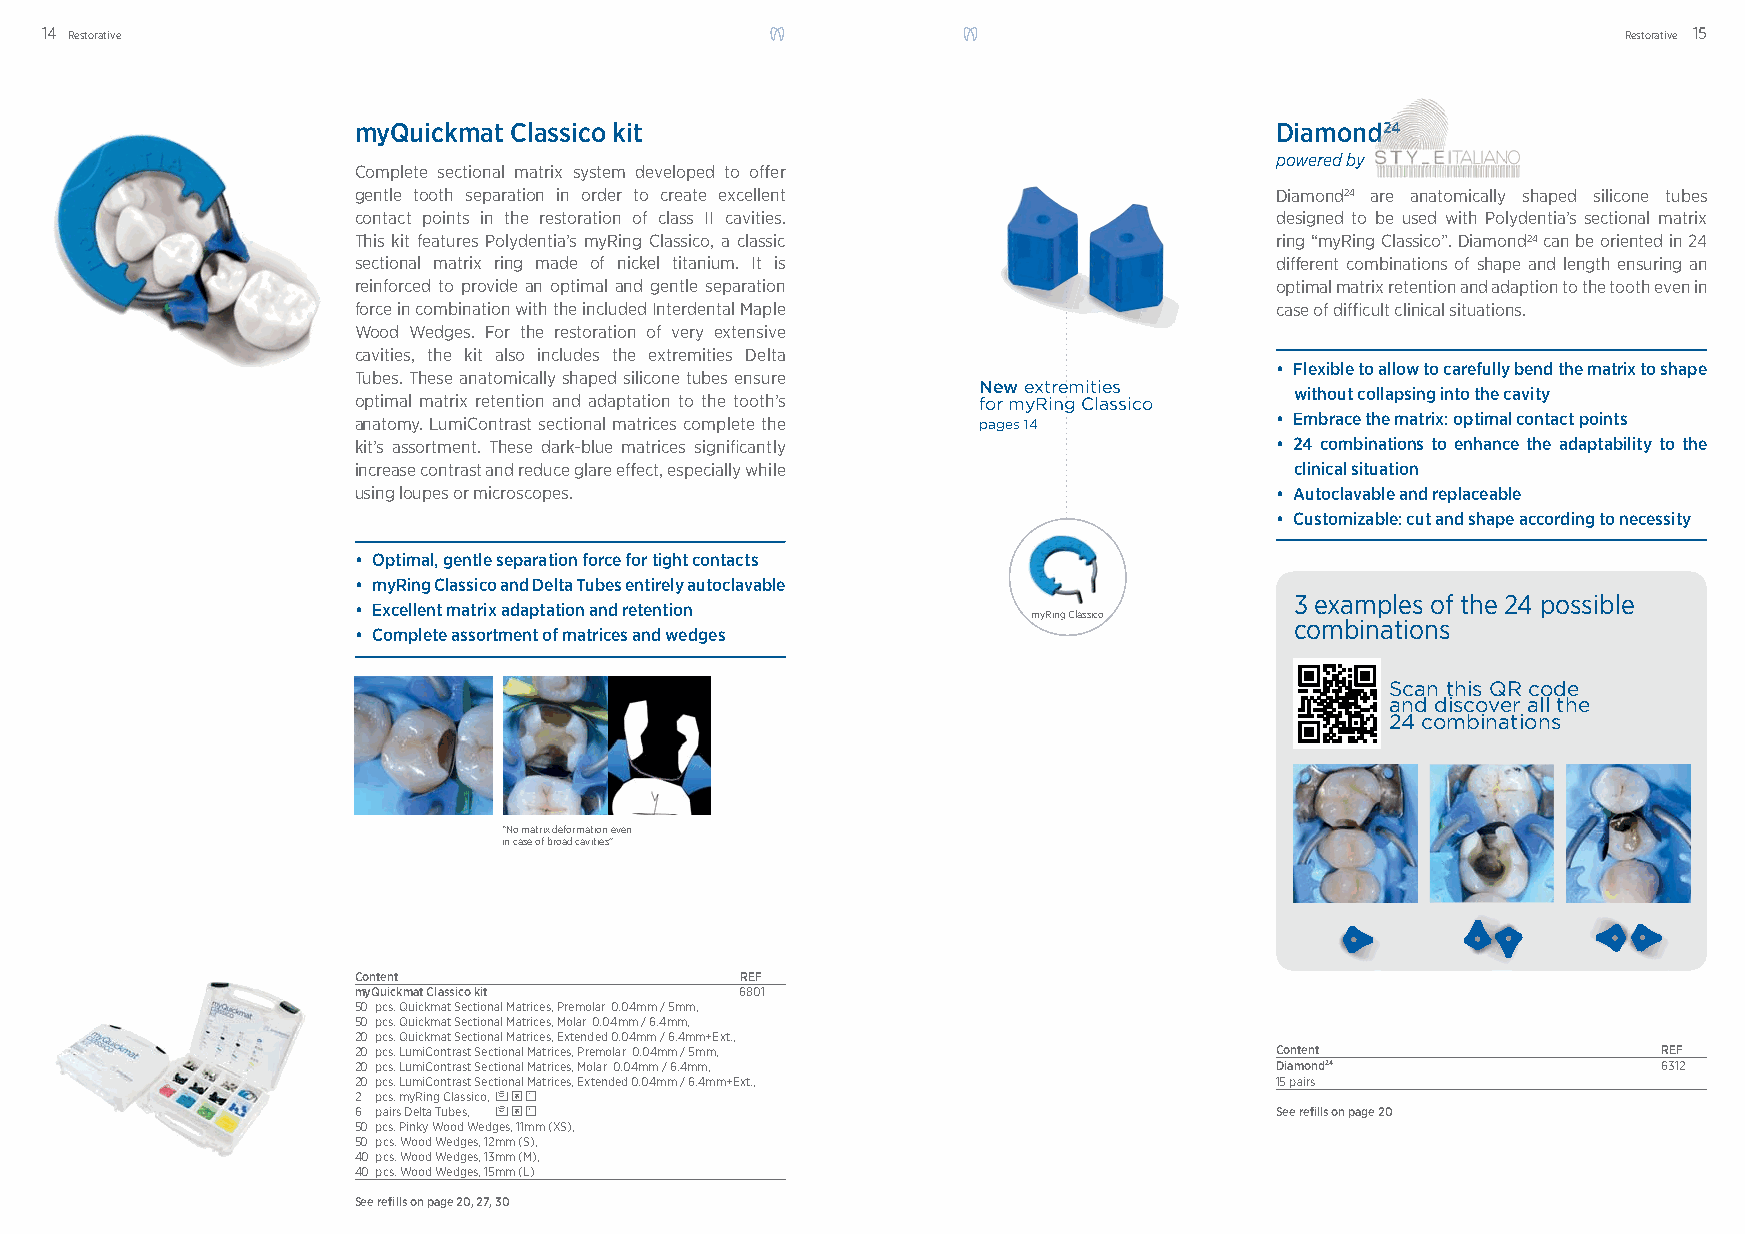
14 Restorative                                                                                          Restorative 15
 myQuickmat Classico kit                                      Diamondddddddd22222222444444444
 powered by
 Complete sectional matrix system developed to off er
 gentle tooth separation in order to create excellent         Diamond24 are anatomically shaped silicone tubes
 contact points in the restoration of class II cavities.      designed to be used with Polydentia’s sectional matrix
 This kit features Polydentia’s myRing Classico, a classic    ring “myRing Classico”. Diamond24 can be oriented in 24
 sectional matrix ring made of nickel titanium. It is         diff erent combinations of shape and length ensuring an
 reinforced to provide an optimal and gentle separation       optimal matrix retention and adaption to the tooth even in
 force in combination with the included Interdental Maple     case of diffi cult clinical situations.
 Wood Wedges. For the restoration of very extensive
 cavities, the kit also includes the extremities Delta
 • Flexible to allow to carefully bend the matrix to shape
 Tubes. These anatomically shaped silicone tubes ensure
 New extremities      without collapsing into the cavity
 optimal matrix retention and adaptation to the tooth’s for myRing Classico
 anatomy. LumiContrast sectional matrices complete the pages 14 • Embrace the matrix: optimal contact points
 kit’s assortment. These dark-blue matrices signifi cantly    • 24 combinations to enhance the adaptability to the
 increase contrast and reduce glare eff ect, especially while   clinical situation
 using loupes or microscopes.                                 • Autoclavable and replaceable
 • Customizable: cut and shape according to necessity
 • Optimal, gentle separation force for tight contacts
 • myRing Classico and Delta Tubes entirely autoclavable
 3 examples of the 24 possible
 • Excellent matrix adaptation and retention
 myRing Classico   combinations
 • Complete assortment of matrices and wedges
 Scan this QR code
 and discover all the
 24 combinations
 “No matrix deformation even
 in case of broad cavities”
 Content                   REF
 myQuickmat Classico kit   6801
 50 pcs. Quickmat Sectional Matrices, Premolar 0.04mm / 5mm,
 50 pcs. Quickmat Sectional Matrices, Molar 0.04mm / 6.4mm,
 20 pcs. Quickmat Sectional Matrices, Extended 0.04mm / 6.4mm+Ext.,
 20 pcs. LumiContrast Sectional Matrices, Premolar 0.04mm / 5mm, Content                REF
 20 pcs. LumiContrast Sectional Matrices, Molar 0.04mm / 6.4mm, Diamond24               6312
 20 pcs. LumiContrast Sectional Matrices, Extended 0.04mm / 6.4mm+Ext., 15 pairs
 2 pcs. myRing Classico,
 6 pairs Delta Tubes,                                         See refi lls on page 20
 50 pcs. Pinky Wood Wedges, 11mm (XS),
 50 pcs. Wood Wedges, 12mm (S),
 40 pcs. Wood Wedges, 13mm (M),
 40 pcs. Wood Wedges, 15mm (L)
 See refi lls on page 20, 27, 30